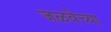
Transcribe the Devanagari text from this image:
जळवेच्या